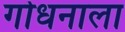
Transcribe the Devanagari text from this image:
गोधनाला